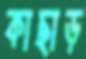
কাছাড়